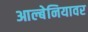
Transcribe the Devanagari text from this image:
आल्बेनियावर